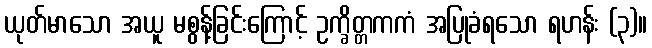
ယုတ်မာသော အယူ မစွန့်ခြင်းကြောင့် ဥက္ခိတ္တကကံ အပြုခံရသော ရဟန်း (၃)။